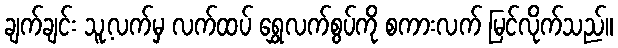
ချက်ချင်း သူ့လက်မှ လက်ထပ် ရွှေလက်စွပ်ကို စကားလက် မြင်လိုက်သည်။